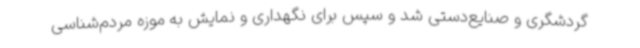
گردشگری و صنایع‌دستی شد و سپس برای نگهداری و نمایش به موزه مردم‌شناسی